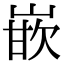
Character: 嵌